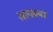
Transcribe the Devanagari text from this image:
सानक्या